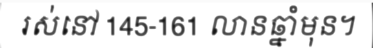
រស់នៅ 145-161 លានឆ្នាំមុន។